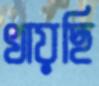
খায়ছি